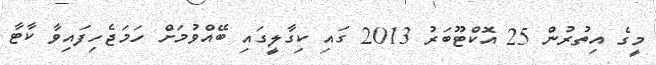
މީގެ އިތުރުން 25 އޮކްޓޫބަރު 2013 ގައި ކިގާލީގައި ބޭއްވުމަށް ހަމަޖެހިފައިވާ ކާޓާ